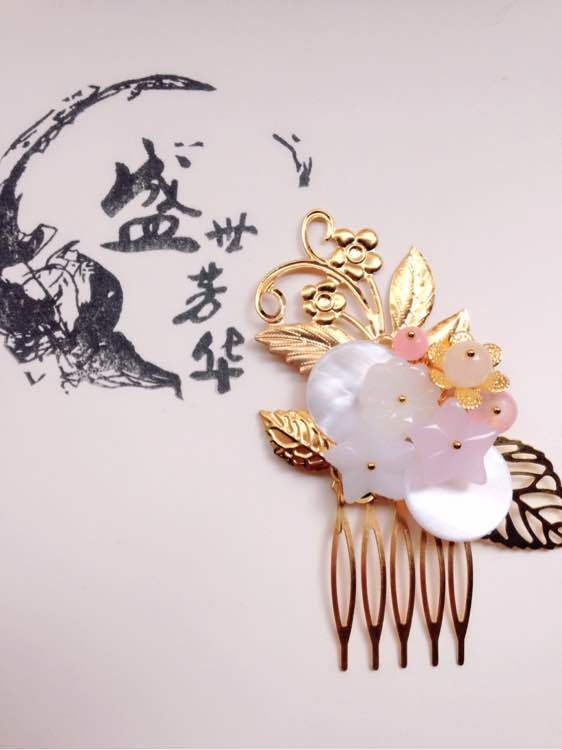
献赋十年犹未遇，羞将白发对华簪。